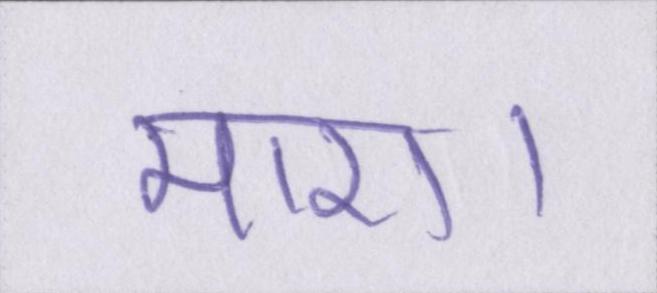
मारा।